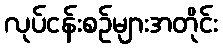
လုပ်ငန်းစဉ်များအတိုင်း